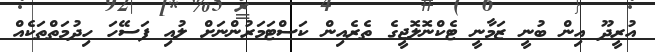
އުރީދޫ އިން ބުނީ ޒަމާނީ ޓެކްނޮލޮޖީގެ ތެރެއިން ކަސްޓަމަރުންނަށް ލުއި ފަސޭހަ ހިދުމަތްތަކެއް